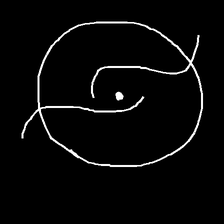
Glyph: repetition